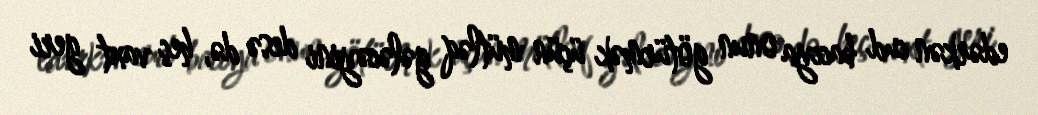
edərkən cud bacıya onun götürmək üçün mütləq gələcəyini desə də, heç vaxt geri